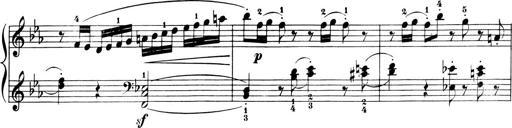
Title: 6 Piano Sonatinas
Composer: Cornelius Gurlitt